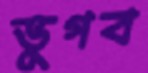
ভুগব